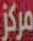
مركز